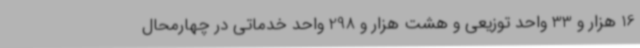
16 هزار و 33 واحد توزیعی و هشت هزار و 298 واحد خدماتی در چهارمحال